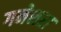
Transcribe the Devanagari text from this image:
गनेशरा